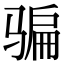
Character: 骗